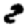
Digit: 2